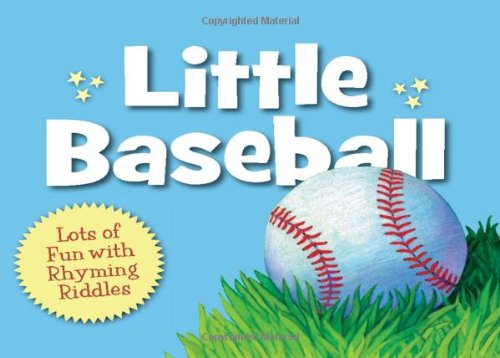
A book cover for Little Baseball (Little Sports); Brad Herzog; Children's Books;